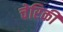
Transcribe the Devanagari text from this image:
चेरिकी